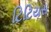
ટિટિયસ